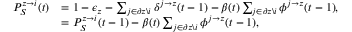
\begin{array} { r l } { P _ { S } ^ { z \rightarrow i } ( t ) } & { = 1 - \epsilon _ { z } - \sum _ { j \in \partial z \backslash i } \delta ^ { j \rightarrow z } ( t - 1 ) - \beta ( t ) \sum _ { j \in \partial z \backslash i } { \phi ^ { j \rightarrow z } ( t - 1 ) } , } \\ & { = P _ { S } ^ { z \rightarrow i } ( t - 1 ) - \beta ( t ) \sum _ { j \in \partial z \backslash i } { \phi ^ { j \rightarrow z } ( t - 1 ) } , } \end{array}